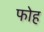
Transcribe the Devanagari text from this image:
फोह